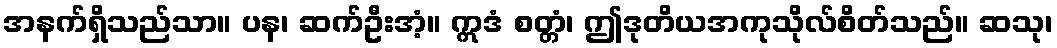
အနက်ရှိသည်သာ။ ပန၊ ဆက်ဦးအံ့။ ဣဒံ စတ္တံ၊ ဤဒုတိယအကုသိုလ်စိတ်သည်။ ဆသု၊